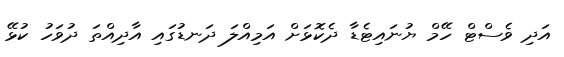
އަދި ވެސްޓް ހޭމް ޔުނައިޓެޑާ ދެކޮޅަށް އަމިއްލަ ދަނޑުގައި އާދިއްތަ ދުވަހު ކުޅޭ